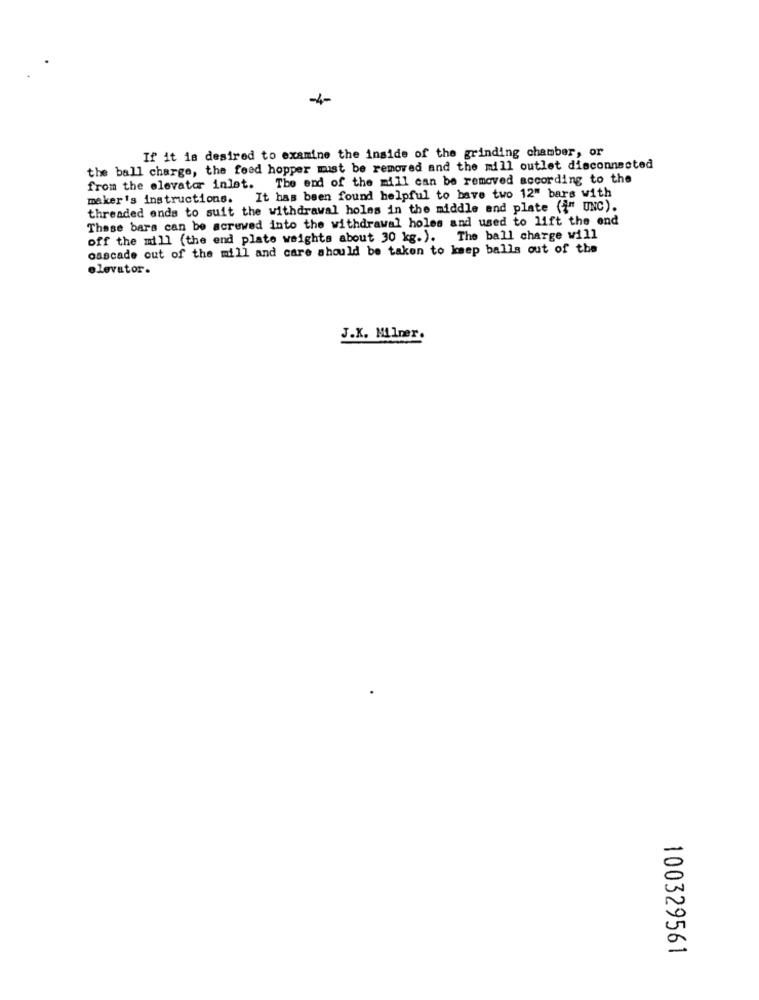
-4-
If it is desired to examine the inside of the grinding chamber, or
the ball charge, the feed hopper must be removed and the mill outlet disconnected
from the elevator inlet. The end of the mill can be removed according to the
maker's instructions. It has been found helpful to have two 12" bars with
threaded ends to suit the withdrawal holes in the middle and plate ({" UNC).
These bars can be acrewed into the withdrawal holes and used to lift the end
off the mill (the end plate weights about 30 kg.). The ball charge will
cascade out of the mill and care should be taken to keep balls out of the
elevator.
J.K. Milner.
100329561